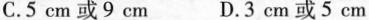
C.5 cm或9 cm D.3 cm 或5 cm